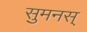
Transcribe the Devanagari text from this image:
सुमनस्‌